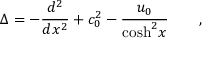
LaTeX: \Delta = - \frac { d ^ { 2 } } { d x ^ { 2 } } + c _ { 0 } ^ { 2 } - \frac { u _ { 0 } } { \mathrm { c o s h } ^ { 2 } x } \qquad ,